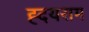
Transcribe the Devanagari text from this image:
ह्दयराम